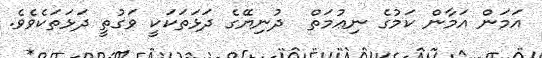
އަމަން އަމާން ކަމުގެ ނިޢުމަތް  ދުނިޔޭގެ ދަޅަތަކަކީ ވަގުތީ ދަޅަތަކެވެވެ.